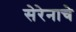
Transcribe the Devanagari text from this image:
सेरेनाचे